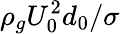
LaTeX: \rho_{g}U_{0}^{2}d_{0}/\sigma